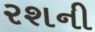
રશની